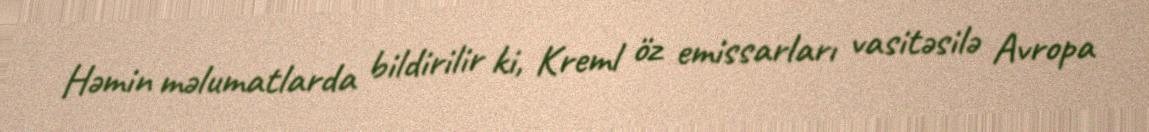
Həmin məlumatlarda bildirilir ki, Kreml öz emissarları vasitəsilə Avropa